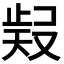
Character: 𭭧